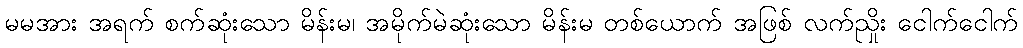
မမအား အရက် စက်ဆုံးသော မိန်းမ၊ အမိုက်မဲဆုံးသော မိန်းမ တစ်ယောက် အဖြစ် လက်ညှိုး ငေါက်ငေါက်